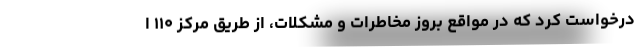
درخواست کرد که در مواقع بروز مخاطرات و مشکلات، از طریق مرکز ۱۱۰ ا